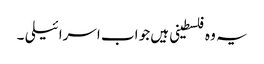
یہ وہ فلسطینی ہیں جو اب اسرائیلی ۔